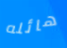
هائله